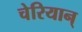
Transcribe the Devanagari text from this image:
चेरियान्